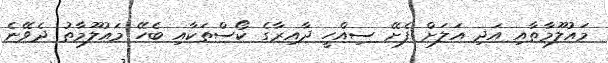
މައުލޫމާތާއި އަދި އަލަށް ފެށޭ ސިއްހީ ދާއިރާގެ ކޯސްތަކާއި ބެހޭ މައުލޫމާތު ދެވޭނެ